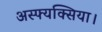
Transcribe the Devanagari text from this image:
अस्फ्यक्सिया।